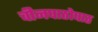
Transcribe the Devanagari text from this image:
चीनपाठोपाठ